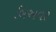
બિઅવર